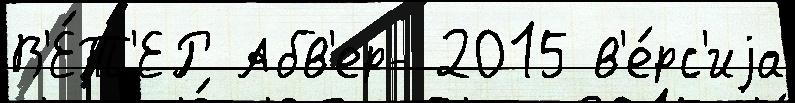
В'Е́Т'ЕР Абв'ер- 2015 в'е́рс'иjа